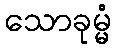
သောခုမ္မံ